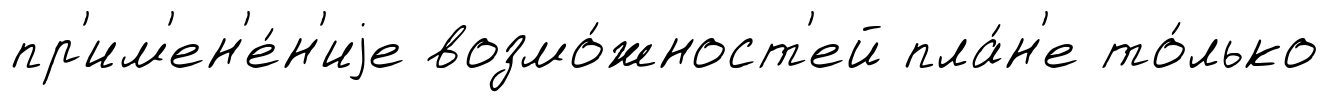
пр'им'ен'е́н'иjе возмо́жност'ей пла́н'е то́лько